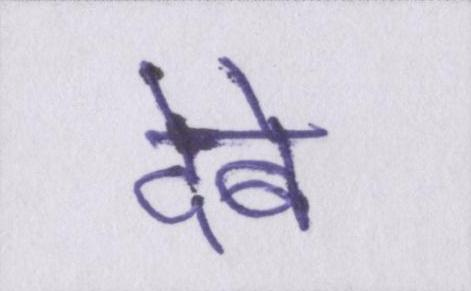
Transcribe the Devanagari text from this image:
देबे